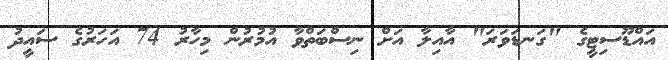
އައްޑޫސިޓީގެ "ގަނޑަވަރަ" އާއިލާ އަށް ނިސްބަތްވާ އުމުރުން މިހާރު 74 އަހަރުގެ ސައީދު